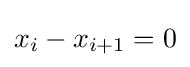
x_{i}-x_{i+1}=0